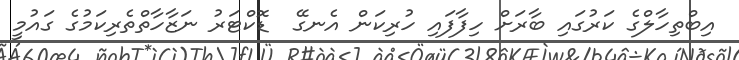
އިބްތިހާލްގެ ކަރުގައި ބާރަށް ހިފާފައި ހުރިކަން އެނގޭ  ޑޮކްޓަރު ނަޒާހާތްތެރިކަމުގެ ގައުމީ